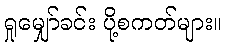
ရှုမျှော်ခင်း ပို့စကတ်များ။